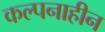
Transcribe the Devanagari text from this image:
कल्पनाहीन